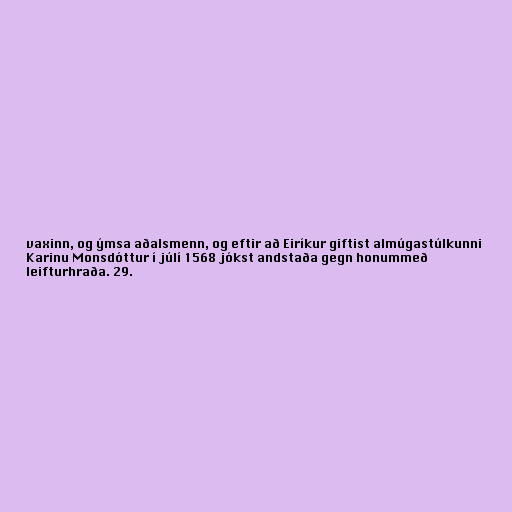
vaxinn, og ýmsa aðalsmenn, og eftir að Eiríkur giftist almúgastúlkunni
Karinu Monsdóttur í júlí 1568 jókst andstaða gegn honummeð
leifturhraða. 29.